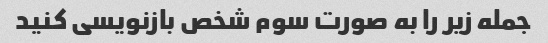
جمله زیر را به صورت سوم شخص بازنویسی کنید